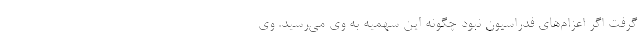
گرفت اگر اعزام‌های فدراسیون نبود چگونه این سهمیه به وی می‌رسید. وی